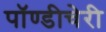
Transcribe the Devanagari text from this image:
पॉण्डीचेरी